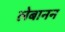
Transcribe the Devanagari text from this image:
लेबानन